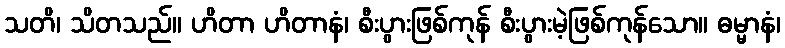
သတိ၊ သိတသည်။ ဟိတာ ဟိတာနံ၊ စီးပွားဖြစ်ကုန် စီးပွားမဲ့ဖြစ်ကုန်သော။ ဓမ္မာနံ၊